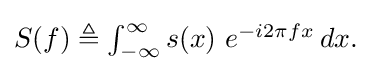
{\textstyle S(f)\triangleq \int _{-\infty }^{\infty }s(x)\ e^{-i2\pi fx}\,dx.}